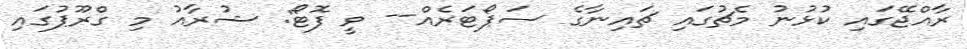
ރާއްޖޭގައި ކުޅުނު މެޗުގައި ޗައިނާގެ ސަޕޯޓަރެއް-- ވީ ފޮޓޯ: ޝުރާއު މި ގްރޫޕުގައި